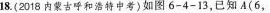
18.(2018内古呼和浩特中考)如图6-4-13，已知A(6，